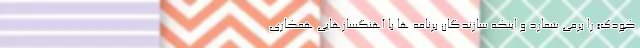
کودک» را برمی شمارد و اینکه سازندگان برنامه ها با آهنگسازهایی همکاری